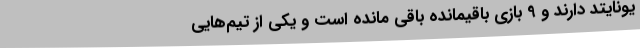
یونایتد دارند و 9 بازی باقیمانده باقی مانده است و یکی از تیم‌هایی